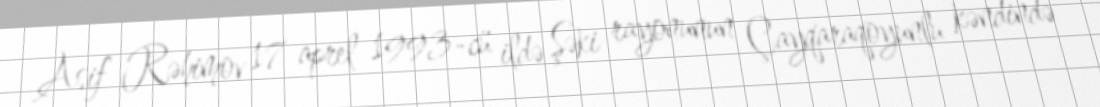
Asif Rəhimov 17 aprel 1993-cü ildə Şəki rayonunun Çayqaraqoyunlu kəndində